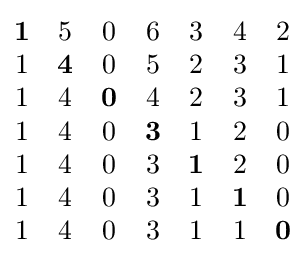
{\begin{matrix}\mathbf {1} &5&0&6&3&4&2\\1&\mathbf {4} &0&5&2&3&1\\1&4&\mathbf {0} &4&2&3&1\\1&4&0&\mathbf {3} &1&2&0\\1&4&0&3&\mathbf {1} &2&0\\1&4&0&3&1&\mathbf {1} &0\\1&4&0&3&1&1&\mathbf {0} \\\end{matrix}}